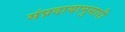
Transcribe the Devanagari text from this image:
संप्रदायानुसारी